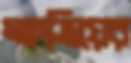
ক্ষত্রিয়ের